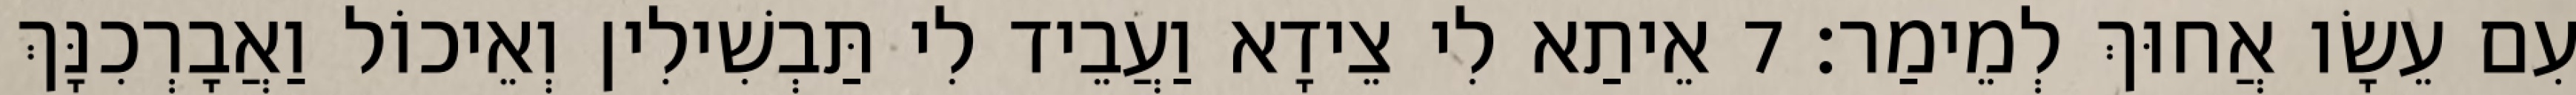
עִם עֵשָׂו אֲחוּךְ לְמֵימַר׃ 7 אֵיתַא לִי צֵידָא וַעֲבֵיד לִי תַּבְשִׁילִין וְאֵיכוֹל וַאֲבָרְכִנָּךְ